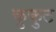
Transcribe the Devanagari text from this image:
कुकुट